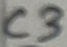
Text: C3